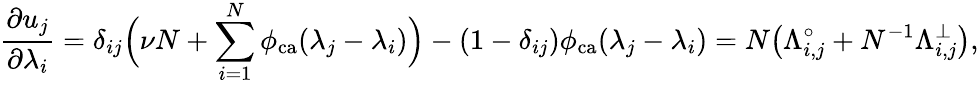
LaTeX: \frac{\partial u_{j}}{\partial\lambda_{i}}=\delta_{ij}\Big(\nu N+\sum_{i=1}^{N}\phi_{\mathrm{ca}}(\lambda_{j}-\lambda_{i})\Big)-(1-\delta_{ij})\phi_{\mathrm{ca}}(\lambda_{j}-\lambda_{i})=N\big(\Lambda_{i,j}^{\circ}+N^{-1}\Lambda_{i,j}^{\bot}\big),